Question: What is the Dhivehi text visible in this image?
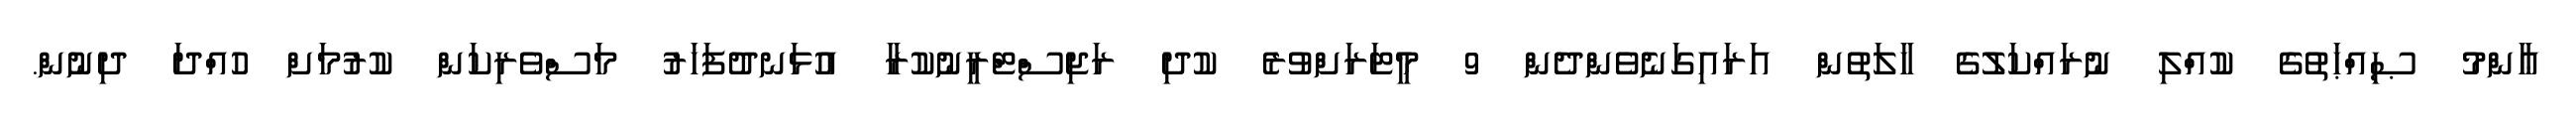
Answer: ޢާންމު ޞިއްޙަތުގެ ކުއްލި ނުރައްކަލުގެ ހާލަތުން އަރައިގަނެވެންދެން 9 މީޓަރަށްވުރެ ކުދި ރަޖިސްޓްރީނުކުރާ އުޅަނދުފަހަރު މަސްވެރިކަން ކުރުމަށް ހުއްދަ ދިނުން.